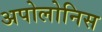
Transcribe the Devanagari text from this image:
अपोलोनिस